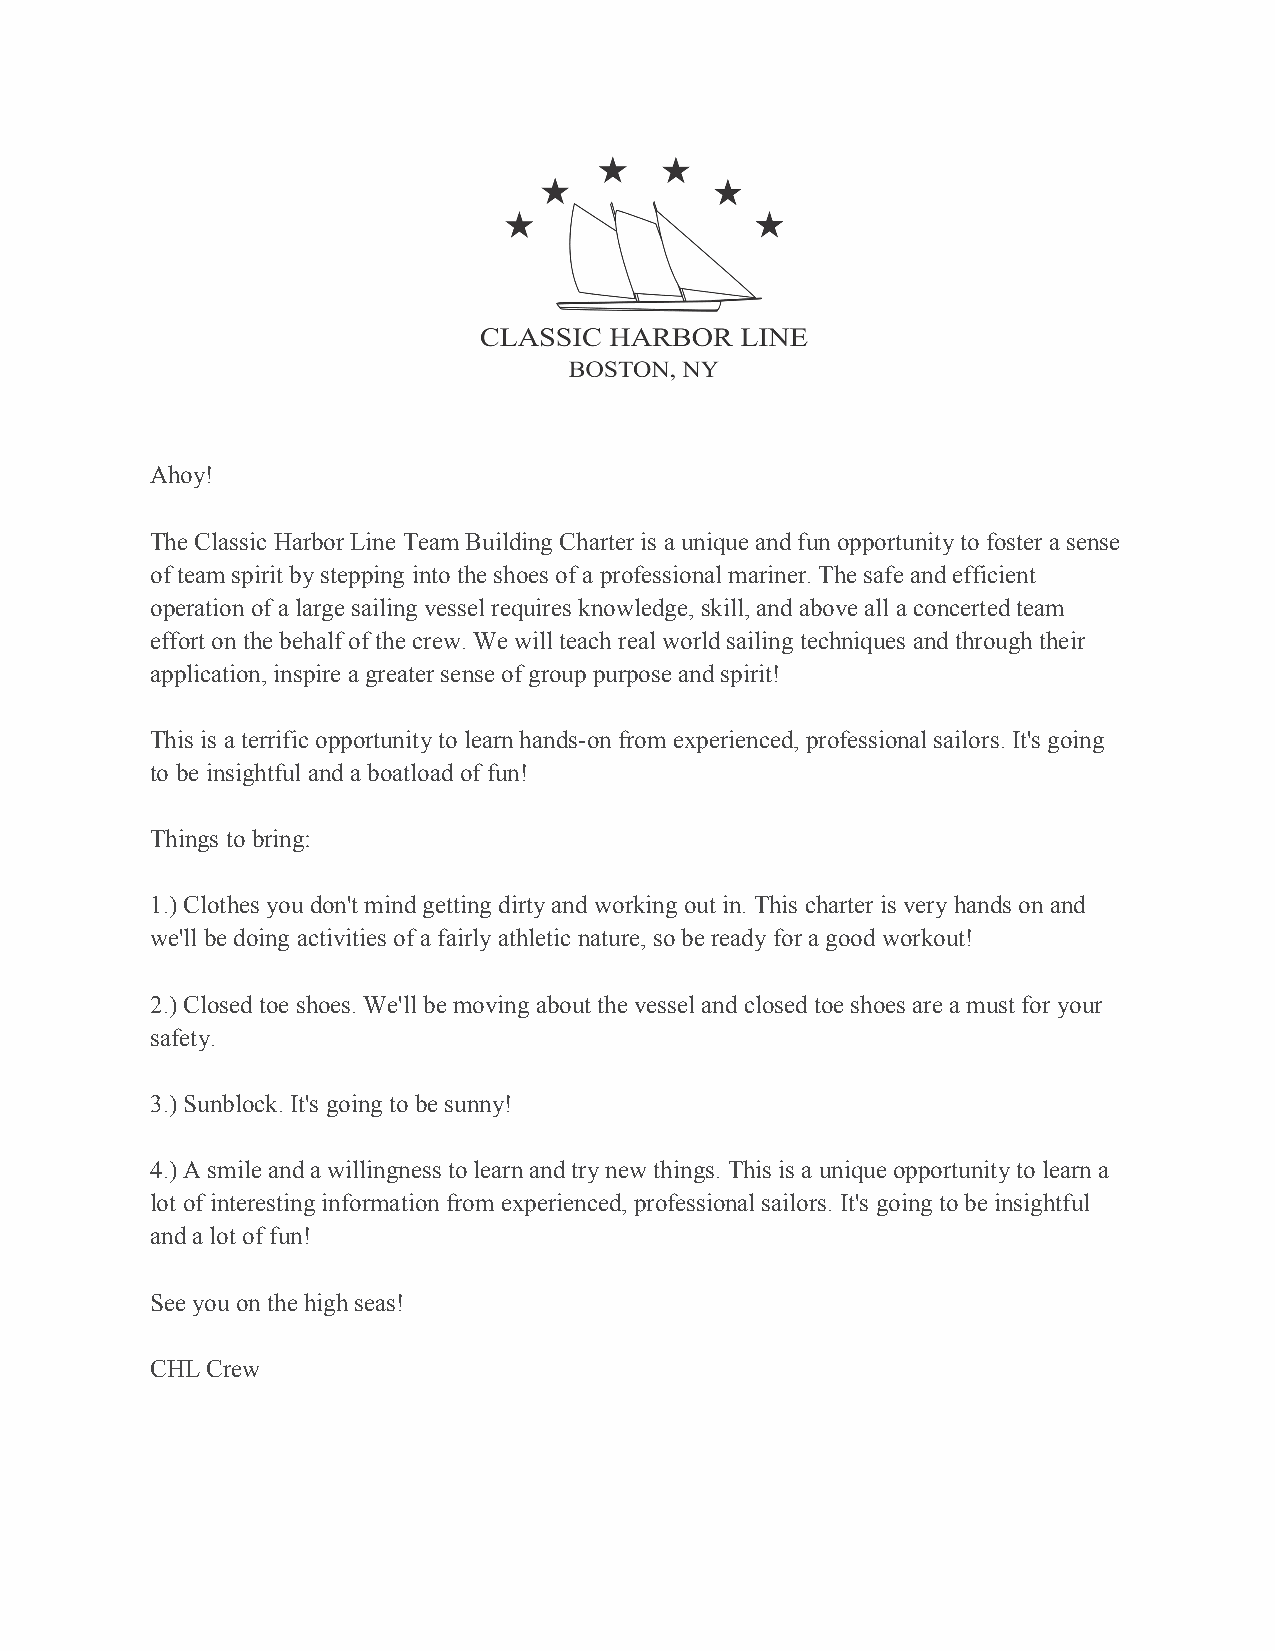
Ahoy!
 The Classic Harbor Line Team Building Charter is a unique and fun opportunity to foster a sense
 of team spirit by stepping into the shoes of a professional mariner. The safe and efficient
 operation of a large sailing vessel requires knowledge, skill, and above all a concerted team
 effort on the behalf of the crew. We will teach real world sailing techniques and through their
 application, inspire a greater sense of group purpose and spirit!
 This is a terrific opportunity to learn hands-on from experienced, professional sailors. It's going
 to be insightful and a boatload of fun!
 Things to bring:
 1.) Clothes you don't mind getting dirty and working out in. This charter is very hands on and
 we'll be doing activities of a fairly athletic nature, so be ready for a good workout!
 2.) Closed toe shoes. We'll be moving about the vessel and closed toe shoes are a must for your
 safety.
 3.) Sunblock. It's going to be sunny!
 4.) A smile and a willingness to learn and try new things. This is a unique opportunity to learn a
 lot of interesting information from experienced, professional sailors. It's going to be insightful
 and a lot of fun!
 See you on the high seas!
 CHL Crew